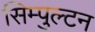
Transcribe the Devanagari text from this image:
सिम्पुल्टन